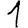
Digit: 1